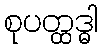
စုပတ္ထဒ္ဓါ